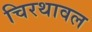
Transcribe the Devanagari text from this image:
चिरथावल